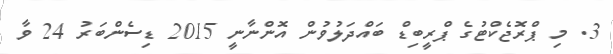
3. މި ޕްރޮޖެކްޓުގެ ޕްރީބިޑް ބައްދަލުވުން އޮންނާނީ 2015 ޑިސެންބަރު 24 ވާ